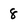
Character: 8